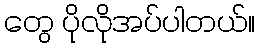
တွေ ပိုလိုအပ်ပါတယ်။